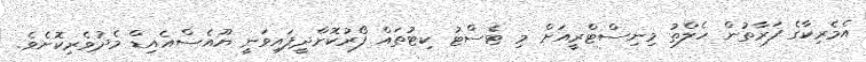
އެމެރިކާގެ ފަރާތުން ހެލްތު މިނިސްޓްރީއަށް މި ޓެސްޓު ކިޓުތައް ފޯރުކޮށްދީފައިވަނީ ޔޫއެސްއެއިޑް މެދުވެރިކޮށެވެ.